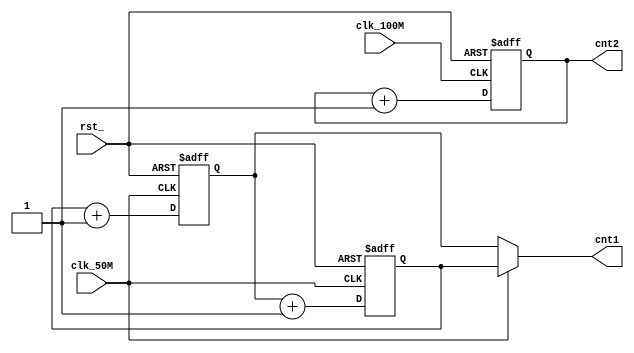
module clock_edge (clk_50M, clk_100M, rst_, cnt1, cnt2);

input        clk_50M, clk_100M, rst_;
output [3:0] cnt1, cnt2;
reg    [3:0] cnt_temp1, cnt_temp2, cnt2;
wire   [3:0] cnt1;

always @ (posedge clk_50M or negedge rst_ )
   if (!rst_)
      cnt_temp1 <= 4'b0000;
   else
      cnt_temp1 <= cnt_temp2 + 1;

always @ (negedge clk_50M or negedge rst_ )
   if (!rst_)
      cnt_temp2 <= 4'b0000;
   else
      cnt_temp2 <= cnt_temp1 + 1;

assign cnt1 = (clk_50M)? cnt_temp2 : cnt_temp1;

always @ (posedge clk_100M or negedge rst_ )
   if (!rst_)
      cnt2 <= 4'b0000;
   else
      cnt2 <= cnt2 + 1;


endmodule